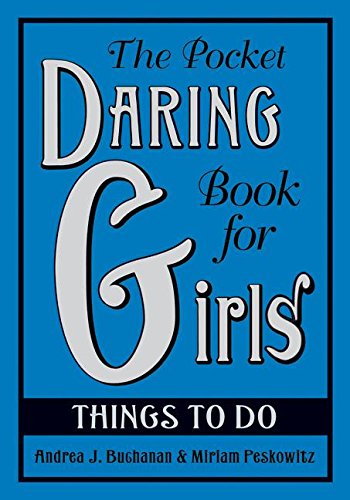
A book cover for The Pocket Daring Book for Girls: Things to Do; Andrea J. Buchanan; Teen & Young Adult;